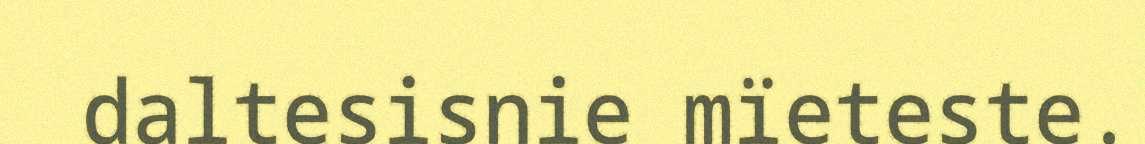
daltesisnie mïeteste.